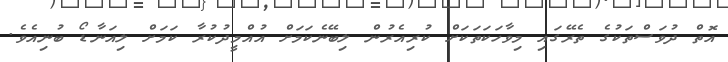
އޮތް ދުވަސްތަކުގެ ތެރޭގައި މިވާހަކަތަކަށް ކުރިއެރުން ލިބޭނެކަމަށް އުއްމީދުކުރާ ކަމަށް ލިއަނާޑޯ ބުނިއެވެ.